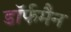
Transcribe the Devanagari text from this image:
डॉर्फमैन